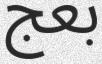
بعج